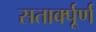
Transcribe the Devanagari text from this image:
सतार्क्पूर्ण